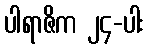
ပါရာဇိက ၂၄-ပါး